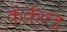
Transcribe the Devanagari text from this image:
कॅकॅल्ड